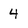
Character: 4